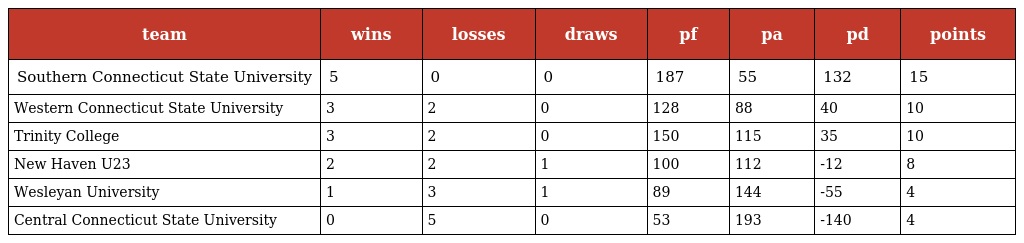
| team | wins | losses | draws | pf | pa | pd | points |
 | --- | --- | --- | --- | --- | --- | --- | --- |
 | Southern Connecticut State University | 5 | 0 | 0 | 187 | 55 | 132 | 15 |
 | Western Connecticut State University | 3 | 2 | 0 | 128 | 88 | 40 | 10 |
 | Trinity College | 3 | 2 | 0 | 150 | 115 | 35 | 10 |
 | New Haven U23 | 2 | 2 | 1 | 100 | 112 | -12 | 8 |
 | Wesleyan University | 1 | 3 | 1 | 89 | 144 | -55 | 4 |
 | Central Connecticut State University | 0 | 5 | 0 | 53 | 193 | -140 | 4 |